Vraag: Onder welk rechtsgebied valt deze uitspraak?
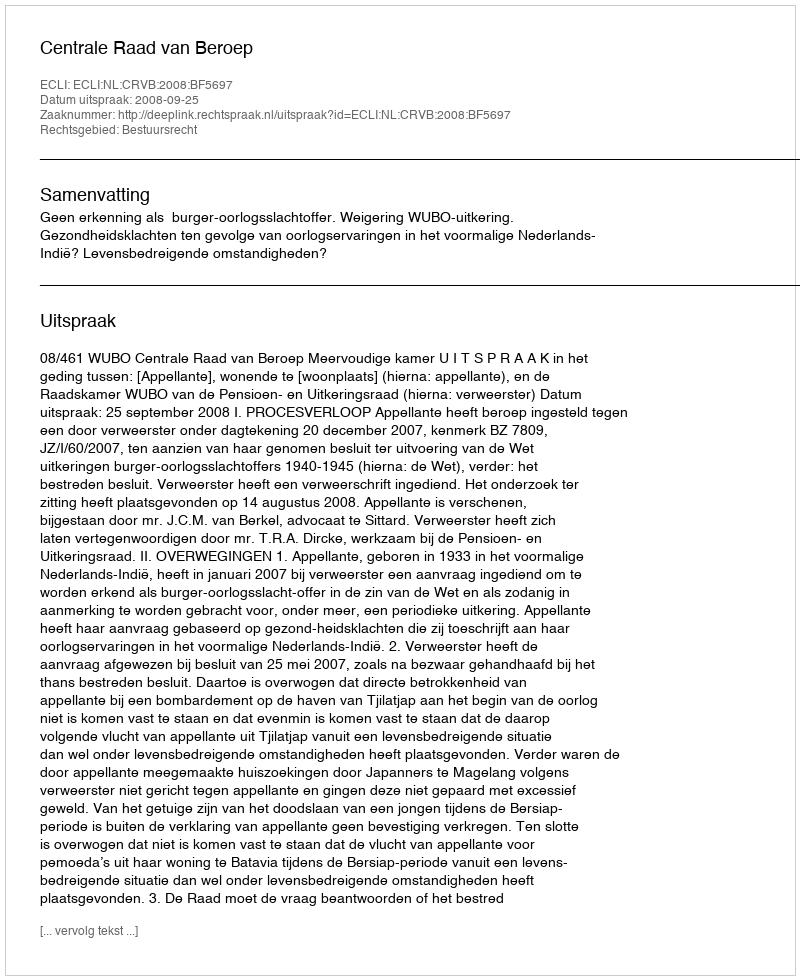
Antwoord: Bestuursrecht